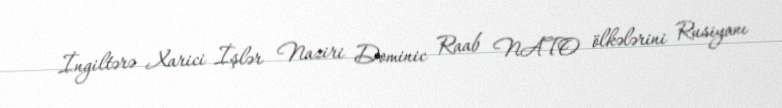
İngiltərə Xarici İşlər Naziri Dominic Raab NATO ölkələrini Rusiyanı